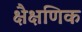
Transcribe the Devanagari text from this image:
क्षैक्षणिक